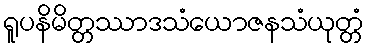
ရူပနိမိတ္တဿာဒသံယောဇနသံယုတ္တံ